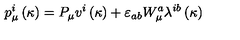
p _ { \mu } ^ { i } \left( \kappa \right) = P _ { \mu } v ^ { i } \left( \kappa \right) + \varepsilon _ { a b } W _ { \mu } ^ { a } \lambda ^ { i b } \left( \kappa \right)